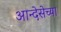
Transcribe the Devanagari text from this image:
आन्देसेच्या